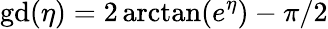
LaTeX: \mathrm{{gd}}(\eta)=2\arctan(e^{\eta})-\pi/2